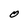
Character: O